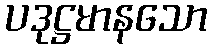
ပဒုဋ္ဌမာနသော